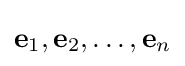
\mathbf {e} _{1},\mathbf {e} _{2},\dots ,\mathbf {e} _{n}